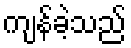
ကျန်ခဲ့သည်